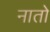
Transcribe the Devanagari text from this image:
नातो